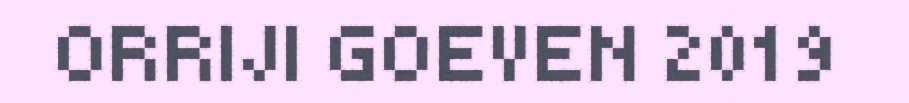
ORRIJI GOEVEN 2019